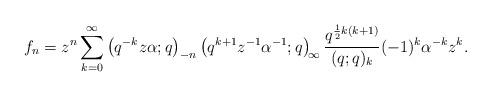
LaTeX: \begin{align*} f_{n}=z^{n}\sum_{k=0}^{\infty}\left(q^{-k}z\alpha;q\right)_{-n}\left(q^{k+1}z^{-1}\alpha^{-1};q\right)_{\!\infty}\frac{q^{\frac{1}{2}k(k+1)}}{(q;q)_{k}}(-1)^{k}\alpha^{-k}z^{k}. \end{align*}